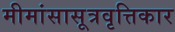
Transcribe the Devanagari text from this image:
मीमांसासूत्रवृत्तिकार